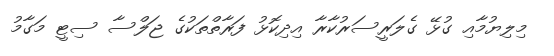
މިލިޔުމާއި ގުޅޭ ގެލަރީސަރުކާރާ އިދިކޮޅު ފަރާތްތަކުގެ ޖަލްސާ ސިޓީ މަގާމު